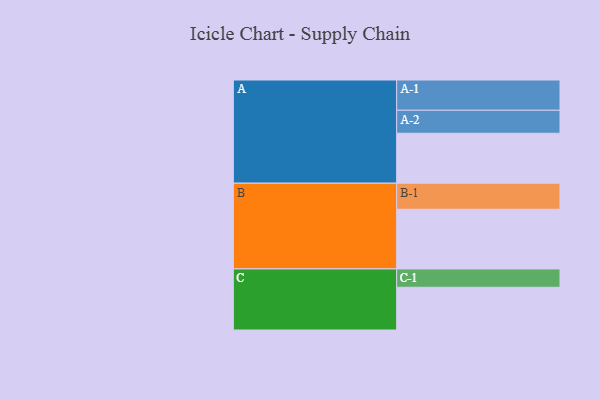
{"axis": {"x": "Segment", "y": "Value"}, "legend": ["", "A", "B", "C"], "data": [{"x": "A", "y": 441, "type": ""}, {"x": "B", "y": 527, "type": ""}, {"x": "C", "y": 377, "type": ""}, {"x": "A-1", "y": 267, "type": "A"}, {"x": "A-2", "y": 203, "type": "A"}, {"x": "B-1", "y": 230, "type": "B"}, {"x": "C-1", "y": 162, "type": "C"}]}